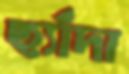
ছ্যাঁদা